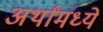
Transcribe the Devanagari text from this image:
अर्थांमध्ये